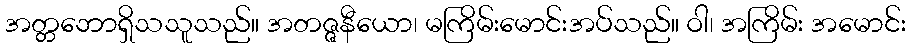
အတ္တဘောရှိသသူသည်။ အတဇ္ဇနီယော၊ မကြိမ်းမောင်းအပ်သည်။ ဝါ၊ အကြိမ်း အမောင်း